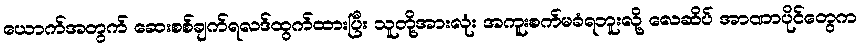
ယောက်အတွက် ဆေးစစ်ချက်ရလဒ်ထွက်ထားပြီး သူတို့အားလုံး အကူးစက်မခံရဘူးလို့ လေဆိပ် အာဏာပိုင်တွေက